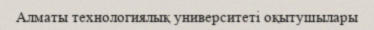
Алматы технологиялық университеті оқытушылары